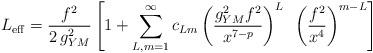
LaTeX: \begin{align*}L_{\rm eff} = {f^2 \over 2\, g^2_{YM}} \left[1 + \sum_{L,m = 1}^\infty c_{Lm} \left({g^2_{YM}f^2\over x^{7-p}}\right)^L~ \left({f^2\over x^4}\right)^{m-L} \right]\end{align*}